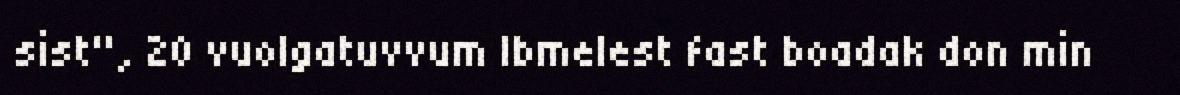
sist", 20 vuolgatuvvum Ibmelest fast boadak don min